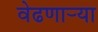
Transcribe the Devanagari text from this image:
वेढणार्‍या